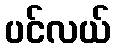
ပင်လယ်